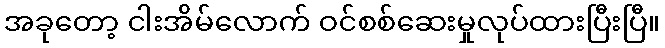
အခုတော့ ငါးအိမ်လောက် ဝင်စစ်ဆေးမှုလုပ်ထားပြီးပြီ။